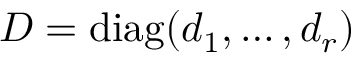
D = \mathrm { d i a g } ( d _ { 1 } , \ldots , d _ { r } )